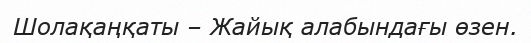
Шолақаңқаты – Жайық алабындағы өзен.